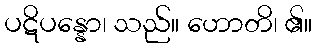
ပဋိပန္နော၊ သည်။ ဟောတိ၊ ၏။